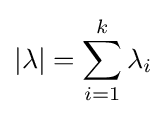
|\lambda |=\sum _{i=1}^{k}\lambda _{i}